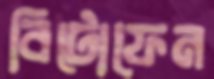
বিটোফেন